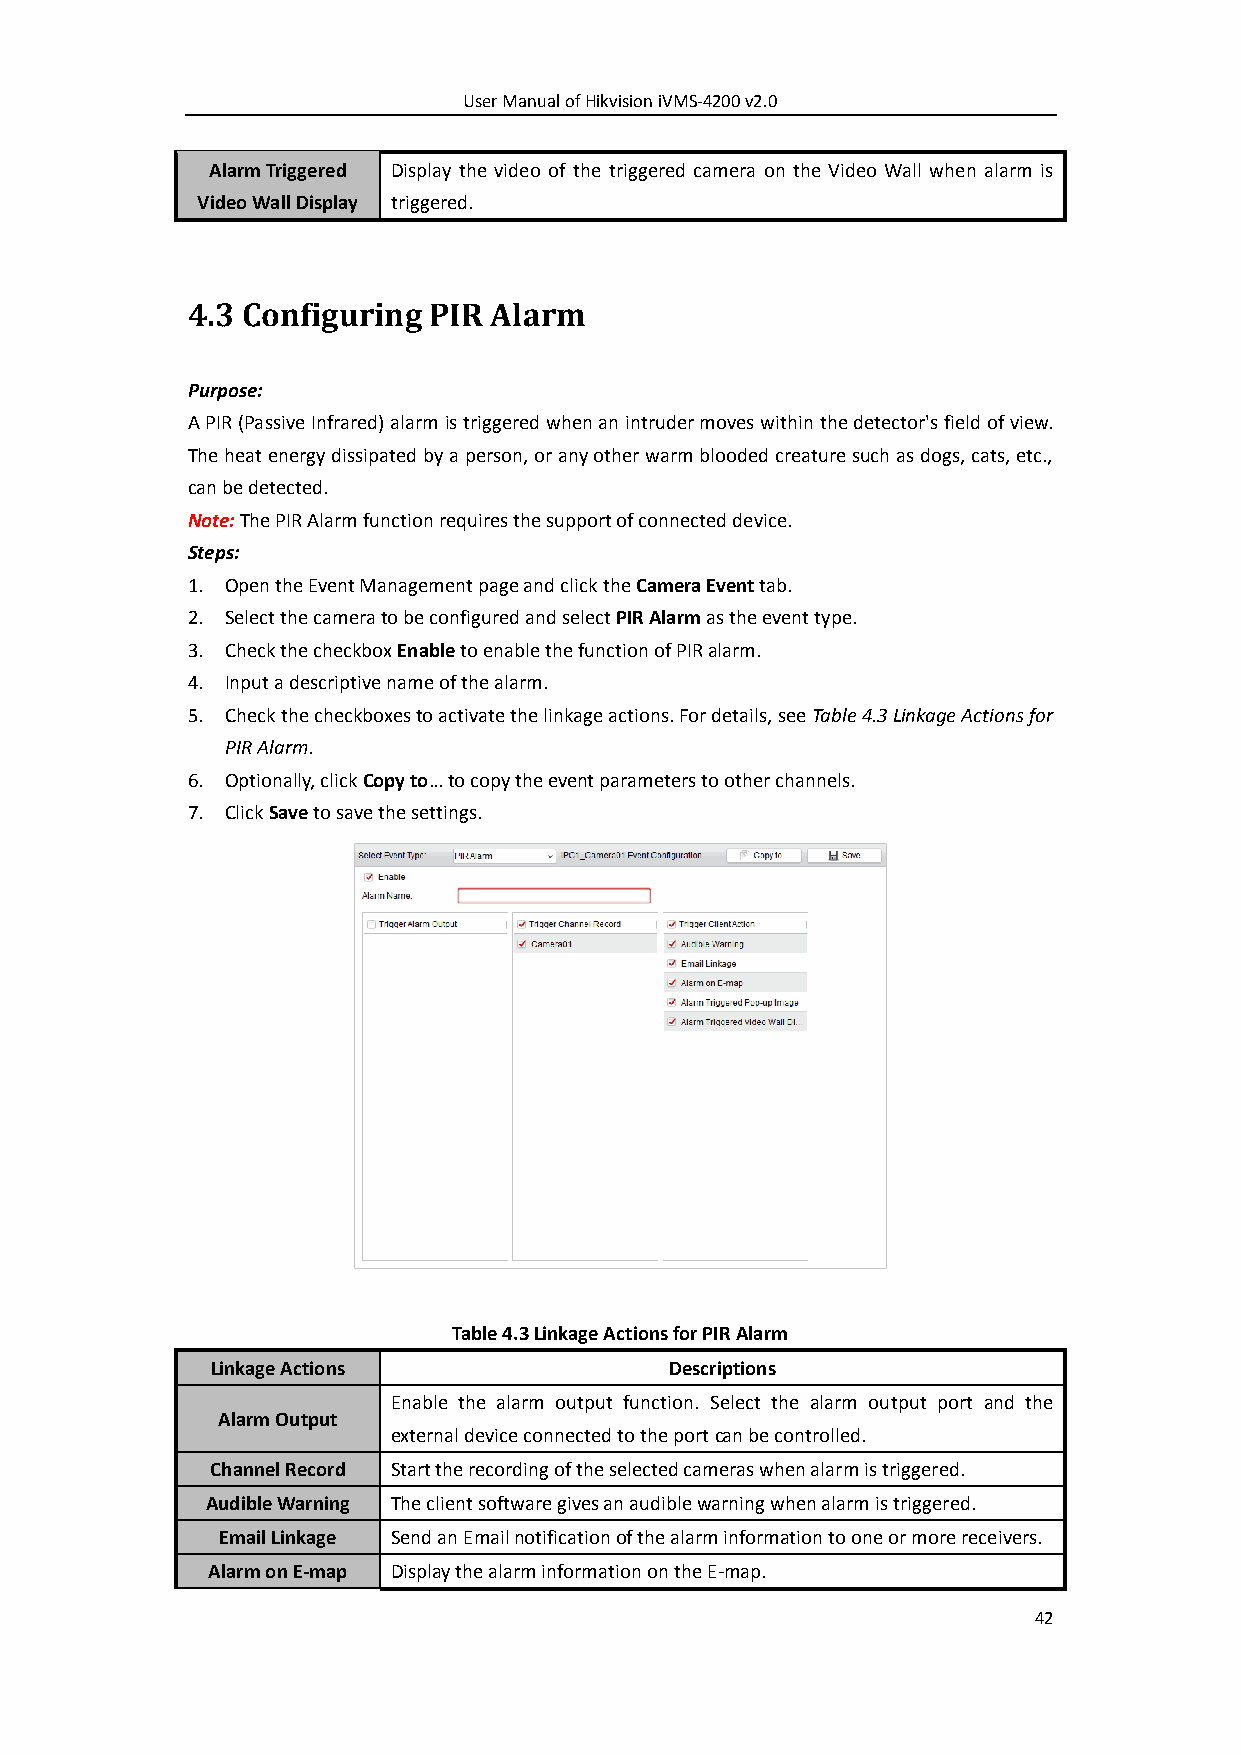
User Manual of Hikvision iVMS-4200 v2.0
 Alarm Triggered Display the video of the triggered camera on the Video Wall when alarm is
 Video Wall Display triggered.
 4.3 Configuring PIR Alarm
 Purpose:
 A PIR (Passive Infrared) alarm is triggered when an intruder moves within the detector's field of view.
 The heat energy dissipated by a person, or any other warm blooded creature such as dogs, cats, etc.,
 can be detected.
 Note: The PIR Alarm function requires the support of connected device.
 Steps:
 1. Open the Event Management page and click the Camera Event tab.
 2. Select the camera to be configured and select PIR Alarm as the event type.
 3. Check the checkbox Enable to enable the function of PIR alarm.
 4. Input a descriptive name of the alarm.
 5. Check the checkboxes to activate the linkage actions. For details, see Table 4.3 Linkage Actions for
 PIR Alarm.
 6. Optionally, click Copy to… to copy the event parameters to other channels.
 7. Click Save to save the settings.
 Table 4.3 Linkage Actions for PIR Alarm
 Linkage Actions               Descriptions
 Enable the alarm output function. Select the alarm output port and the
 Alarm Output
 external device connected to the port can be controlled.
 Channel Record Start the recording of the selected cameras when alarm is triggered.
 Audible Warning The client software gives an audible warning when alarm is triggered.
 Email Linkage Send an Email notification of the alarm information to one or more receivers.
 Alarm on E-map Display the alarm information on the E-map.
 42